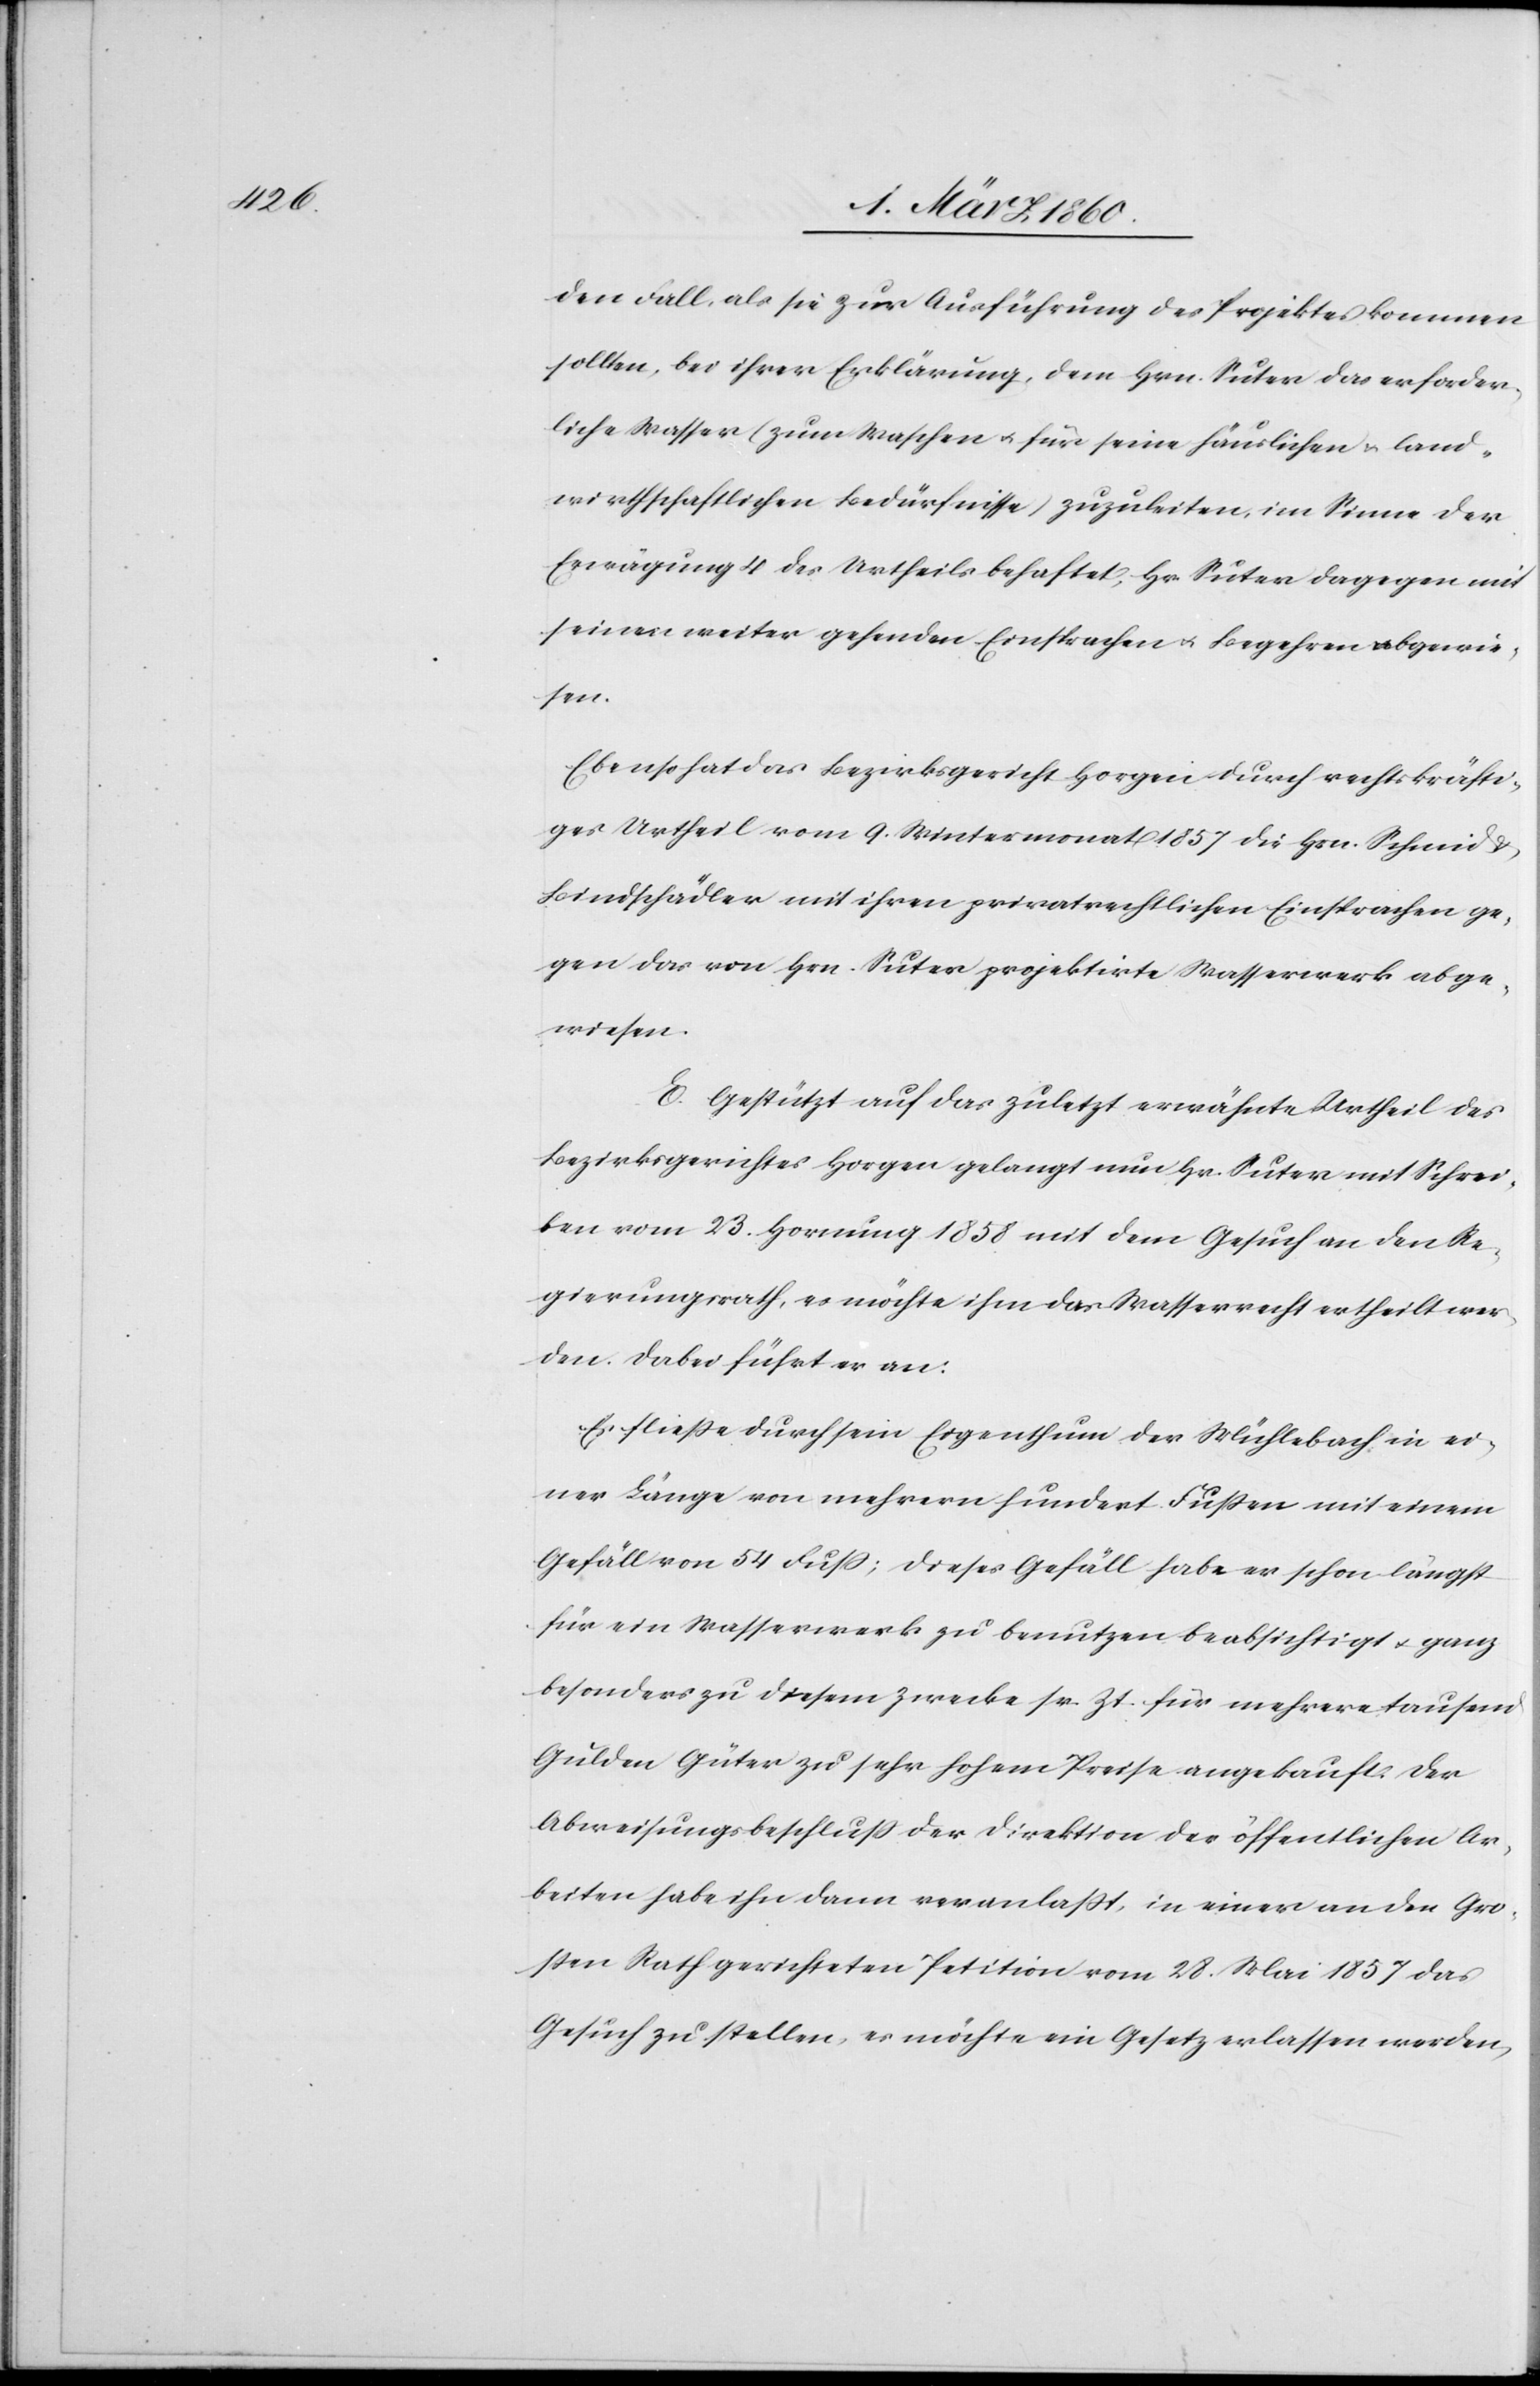
den Fall, als sie zur Ausführung des Projektes kommen
sollten, bei ihrer Erklärung, dem Hrn. Suter das erforder¬
liche Wasser zum Waschen u. für seien häuslichen u. land¬
wirtschaftlichen Bedürfnisse] zuzuleiten, im Sinne der
Erwägung 4 des Urtheils behaftet, Hr. Suter dagegen mit
seiner weiter gehenden Einsprachen u. Begehren abgewie¬
sen.
Ebenso hat das Bezirksgericht Horgen durch rechtskräfti¬
ges Urtheil vom 9. Wintermonat 1857 die Hrn. Schmid u.
Bindschädler mit ihren privatrechtlichen Einsprachen ge¬
gen das von Hrn. Suter projektirte Wasserwerk abge¬
wiesen.
E. Gestützt auf das zuletzt erwähnte Urtheil des
Bezirksgerichtes Horgen gelangt nun Hr. Suter mit Schrei¬
ben vom 23. Hornung 1858 mit dem Gesuch an den Re¬
gierungsrath, es möchte ihm das Wasserrecht ertheilt wer¬
den. Dabei führt er an:
Es fließe durch sein Eigenthum der Mühlebach in ei¬
ner Länge von mehrern hundert Fußen mit einem
Gefäll von 54 Fuss; dieses Gefäll habe er schon längst
für ein Wasserwerk zu benutzen beabsichtigt u. ganz
besonders zu diesem Zwecke sr. Zt. für mehrere tausend
Gulden Güter zu sehr hohem Preise angekauft. Der
Abweisungsbeschluss der Direktion der öffentlichen Ar¬
beiten habe ihn dann veranlasst, in einer an den Gro¬
ssen Rath gerichteten Petition vom 28. Mai 1857 das
Gesuch zu stellen, es möchte ein Gesetz erlassen werden,